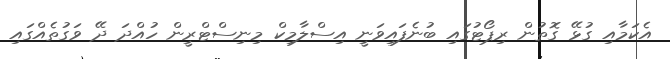
އެކަމާއި ގުޅޭ ގޮތުން ރިޕޯޓުގައި ބުނެފައިވަނީ އިސްލާމިކް މިނިސްޓްރީން ހުއްދަ ދޭ ވަގުތެއްގައި